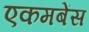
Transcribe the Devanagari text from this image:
एकमबेंस